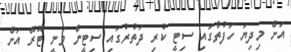
އަށް މިދިޔަ ހަފުތާގައި ސިޓީ ކުރި ދަތުރުގައި ސިޓީން ވަނީ ޓޫރޭ އަށް